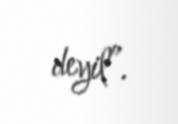
deyil”.